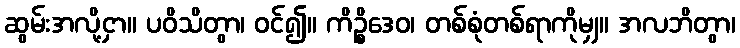
ဆွမ်းအလို့ငှာ။ ပဝိသိတွာ၊ ဝင်၍။ ကိဉ္စိဒေဝ၊ တစ်စုံတစ်ရာကိုမျှ။ အလဘိတွာ၊